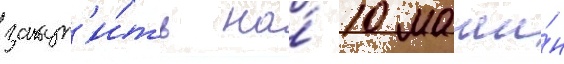
закуп'и́ть на́ 10 маши́н